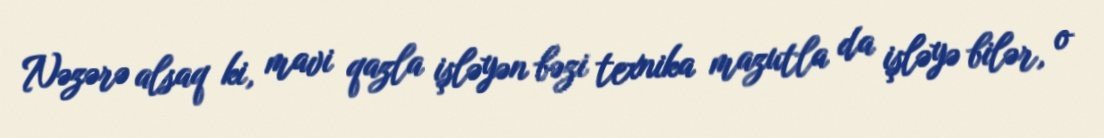
Nəzərə alsaq ki, mavi qazla işləyən bəzi texnika mazutla da işləyə bilər, o